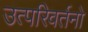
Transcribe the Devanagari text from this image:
उत्परिवर्तनो